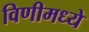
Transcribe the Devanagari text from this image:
विणीमध्ये